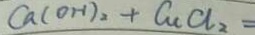
C a ( O H ) _ { 2 } + C a C l _ { 2 } =